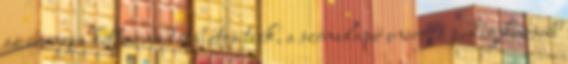
az energia kétharmadát biztosítsák, a szénalapú energia pedig kevesebb